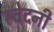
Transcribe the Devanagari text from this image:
स्वेदनी